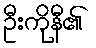
ဦးကိုနီ၏